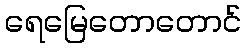
ရေမြေတောတောင်